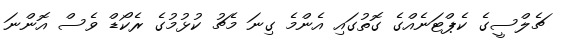
ޗެލްސީގެ ކެޕްޓަނެއްގެ ގޮތުގައި އެންމެ ގިނަ މެޗު ކުޅުމުގެ ރެކޯޑް ވެސް އޮންނަ